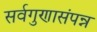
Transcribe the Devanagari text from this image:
सर्वगुणासंपन्न